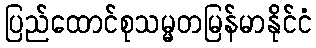
ပြည်ထောင်စုသမ္မတမြန်မာနိုင်ငံ